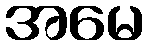
အမေ